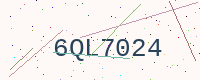
Text: 6QL7024